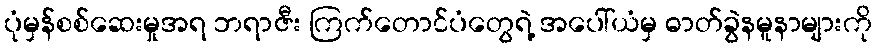
ပုံမှန်စစ်ဆေးမှုအရ ဘရာဇီး ကြက်တောင်ပံတွေရဲ့ အပေါ်ယံမှ ဓာတ်ခွဲနမူနာများကို